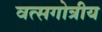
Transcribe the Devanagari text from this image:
वत्सगोत्रीय